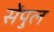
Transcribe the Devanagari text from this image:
सेंपुल